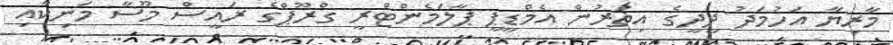
މާރިޔާ އަހުމަދު ދީދީގެ އިތުރުން އެމްޑީޕީ ޕާލަމެންޓްރީ ގްރޫޕްގެ ރައީސް މޫސާ މަނިކާއި